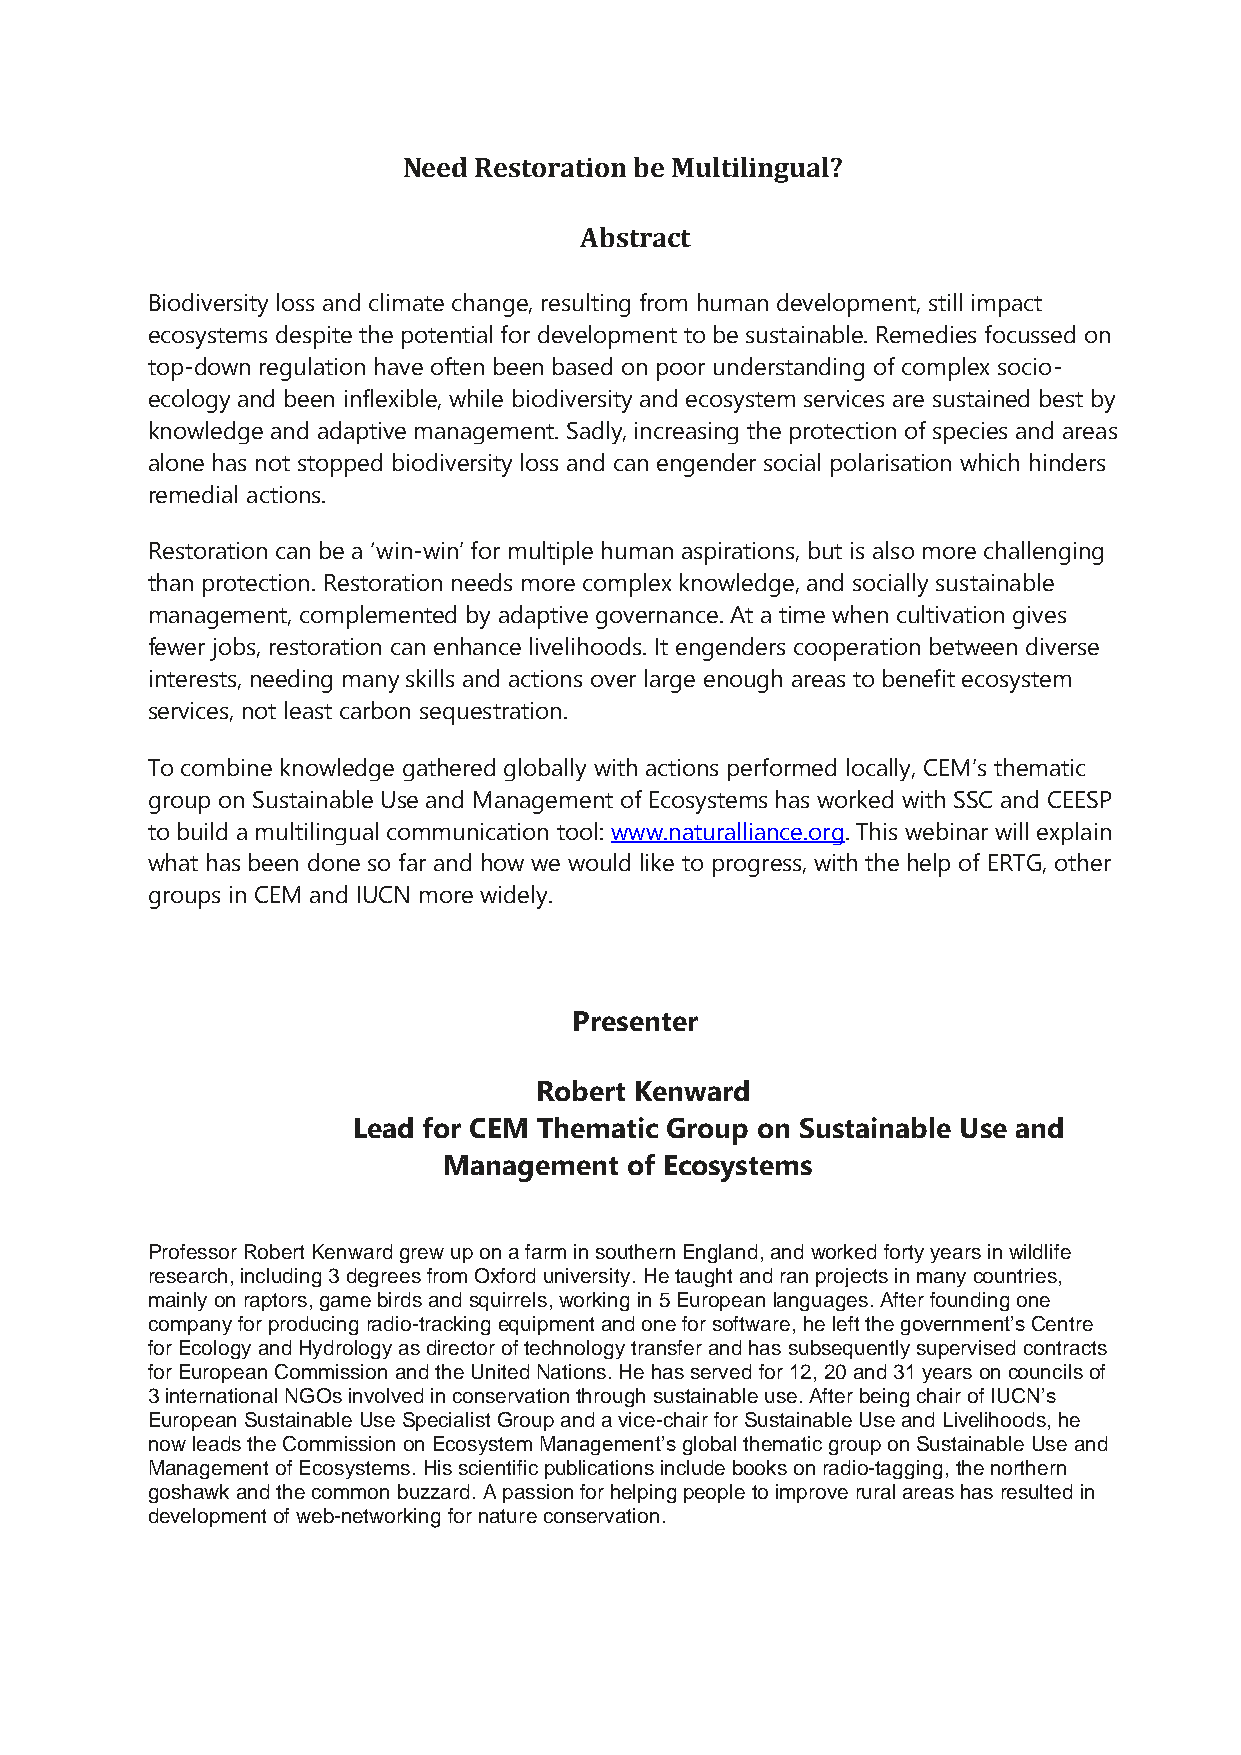
Need Restoration be Multilingual?
 Abstract
 Biodiversity loss and climate change, resulting from human development, still impact
 ecosystems despite the potential for development to be sustainable. Remedies focussed on
 top-down regulation have often been based on poor understanding of complex socio-
 ecology and been inflexible, while biodiversity and ecosystem services are sustained best by
 knowledge and adaptive management. Sadly, increasing the protection of species and areas
 alone has not stopped biodiversity loss and can engender social polarisation which hinders
 remedial actions.
 Restoration can be a ‘win-win’ for multiple human aspirations, but is also more challenging
 than protection. Restoration needs more complex knowledge, and socially sustainable
 management, complemented by adaptive governance. At a time when cultivation gives
 fewer jobs, restoration can enhance livelihoods. It engenders cooperation between diverse
 interests, needing many skills and actions over large enough areas to benefit ecosystem
 services, not least carbon sequestration.
 To combine knowledge gathered globally with actions performed locally, CEM’s thematic
 group on Sustainable Use and Management of Ecosystems has worked with SSC and CEESP
 to build a multilingual communication tool: www.naturalliance.org. This webinar will explain
 what has been done so far and how we would like to progress, with the help of ERTG, other
 groups in CEM and IUCN more widely.
 Presenter
 Robert Kenward
 Lead for CEM Thematic Group on Sustainable Use and
 Management  of Ecosystems
 Professor Robert Kenward grew up on a farm in southern England, and worked forty years in wildlife
 research, including 3 degrees from Oxford university. He taught and ran projects in many countries,
 mainly on raptors, game birds and squirrels, working in 5 European languages. After founding one
 company for producing radio-tracking equipment and one for software, he left the government’s Centre
 for Ecology and Hydrology as director of technology transfer and has subsequently supervised contracts
 for European Commission and the United Nations. He has served for 12, 20 and 31 years on councils of
 3 international NGOs involved in conservation through sustainable use. After being chair of IUCN’s
 European Sustainable Use Specialist Group and a vice-chair for Sustainable Use and Livelihoods, he
 now leads the Commission on Ecosystem Management’s global thematic group on Sustainable Use and
 Management of Ecosystems. His scientific publications include books on radio-tagging, the northern
 goshawk and the common buzzard. A passion for helping people to improve rural areas has resulted in
 development of web-networking for nature conservation.